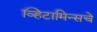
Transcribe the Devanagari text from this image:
व्हिटामिन्‍सचे